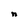
Character: n